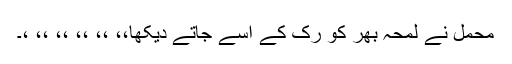
محمل نے لمحہ بھر کو رک کے اسے جاتے دیکھا،، ،، ،، ،، ،، ،۔